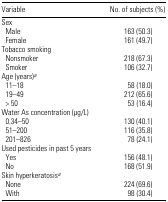
| Variable | No. of subjects (%) |
 | --- | --- |
 | <COLSPAN=2> Sex |
 | Male | 163 (50.3) |
 | Female | 161 (49.7) |
 | <COLSPAN=2> Tobacco smoking |
 | Nonsmoker | 218 (67.3) |
 | Smoker | 106 (32.7) |
 | <COLSPAN=2> Age (years)a |
 | 11–18 | 58 (18.0) |
 | 19–49 | 212 (65.6) |
 | > 50 | 53 (16.4) |
 | <COLSPAN=2> Water As concentration (μg/L) |
 | 0.34–50 | 130 (40.1) |
 | 51–200 | 116 (35.8) |
 | 201–826 | 78 (24.1) |
 | <COLSPAN=2> Used pesticides in past 5 years |
 | Yes | 156 (48.1) |
 | No | 168 (51.9) |
 | <COLSPAN=2> Skin hyperkeratosisa |
 | None | 224 (69.6) |
 | With | 98 (30.4) |